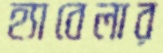
হ্যাবেলার